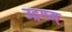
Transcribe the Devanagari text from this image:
उद्गगम्